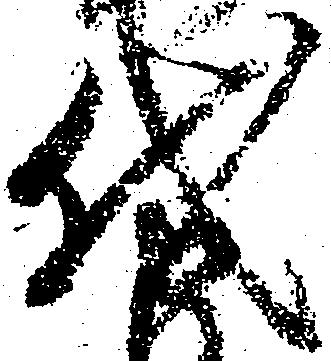
代